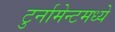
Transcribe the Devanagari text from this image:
टुर्नामेन्टमध्ये